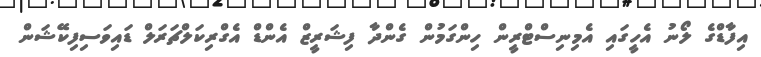
އިފާޑްގެ ލޯނު އެހީގައި އެމިނިސްޓްރީން ހިންގަމުން ގެންދާ ފިޝަރީޒް އެންޑް އެގްރިކަލްޗަރަލް ޑައިވަސިފިކޭޝަން